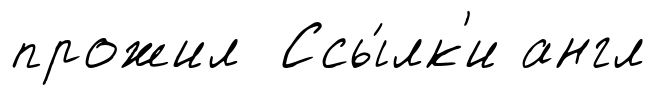
прожил Ссы́лк'и англ